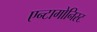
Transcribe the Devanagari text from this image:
एन्टागोनिस्ट